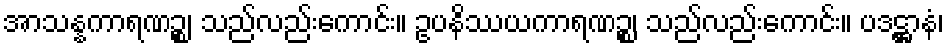
အာသန္နကာရဏဉ္စ၊ သည်လည်းကောင်း။ ဥပနိဿယကာရဏဉ္စ၊ သည်လည်းကောင်း။ ပဒဋ္ဌာနံ၊